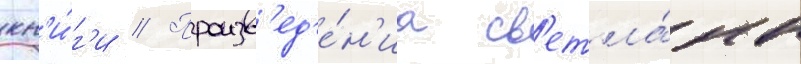
кн'и́г'и // Произв'ед'е́н'иа св'етла́ны